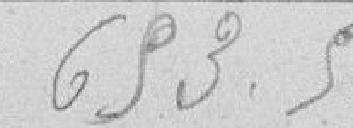
693,50